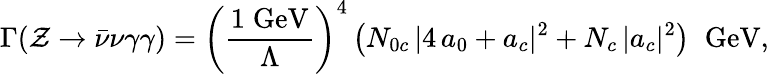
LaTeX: \Gamma(\mathcal{Z}\to\bar{{\nu}}\nu\gamma\gamma)=\left(\frac{{1\; \mathrm{{GeV}}}}{{\Lambda}}\right)^{4}\left(N_{0c}\, |4\, a_{0}+a_{c}|^{2}+N_{c}\, |a_{c}|^{2}\right)\; \; \mathrm{{GeV}},